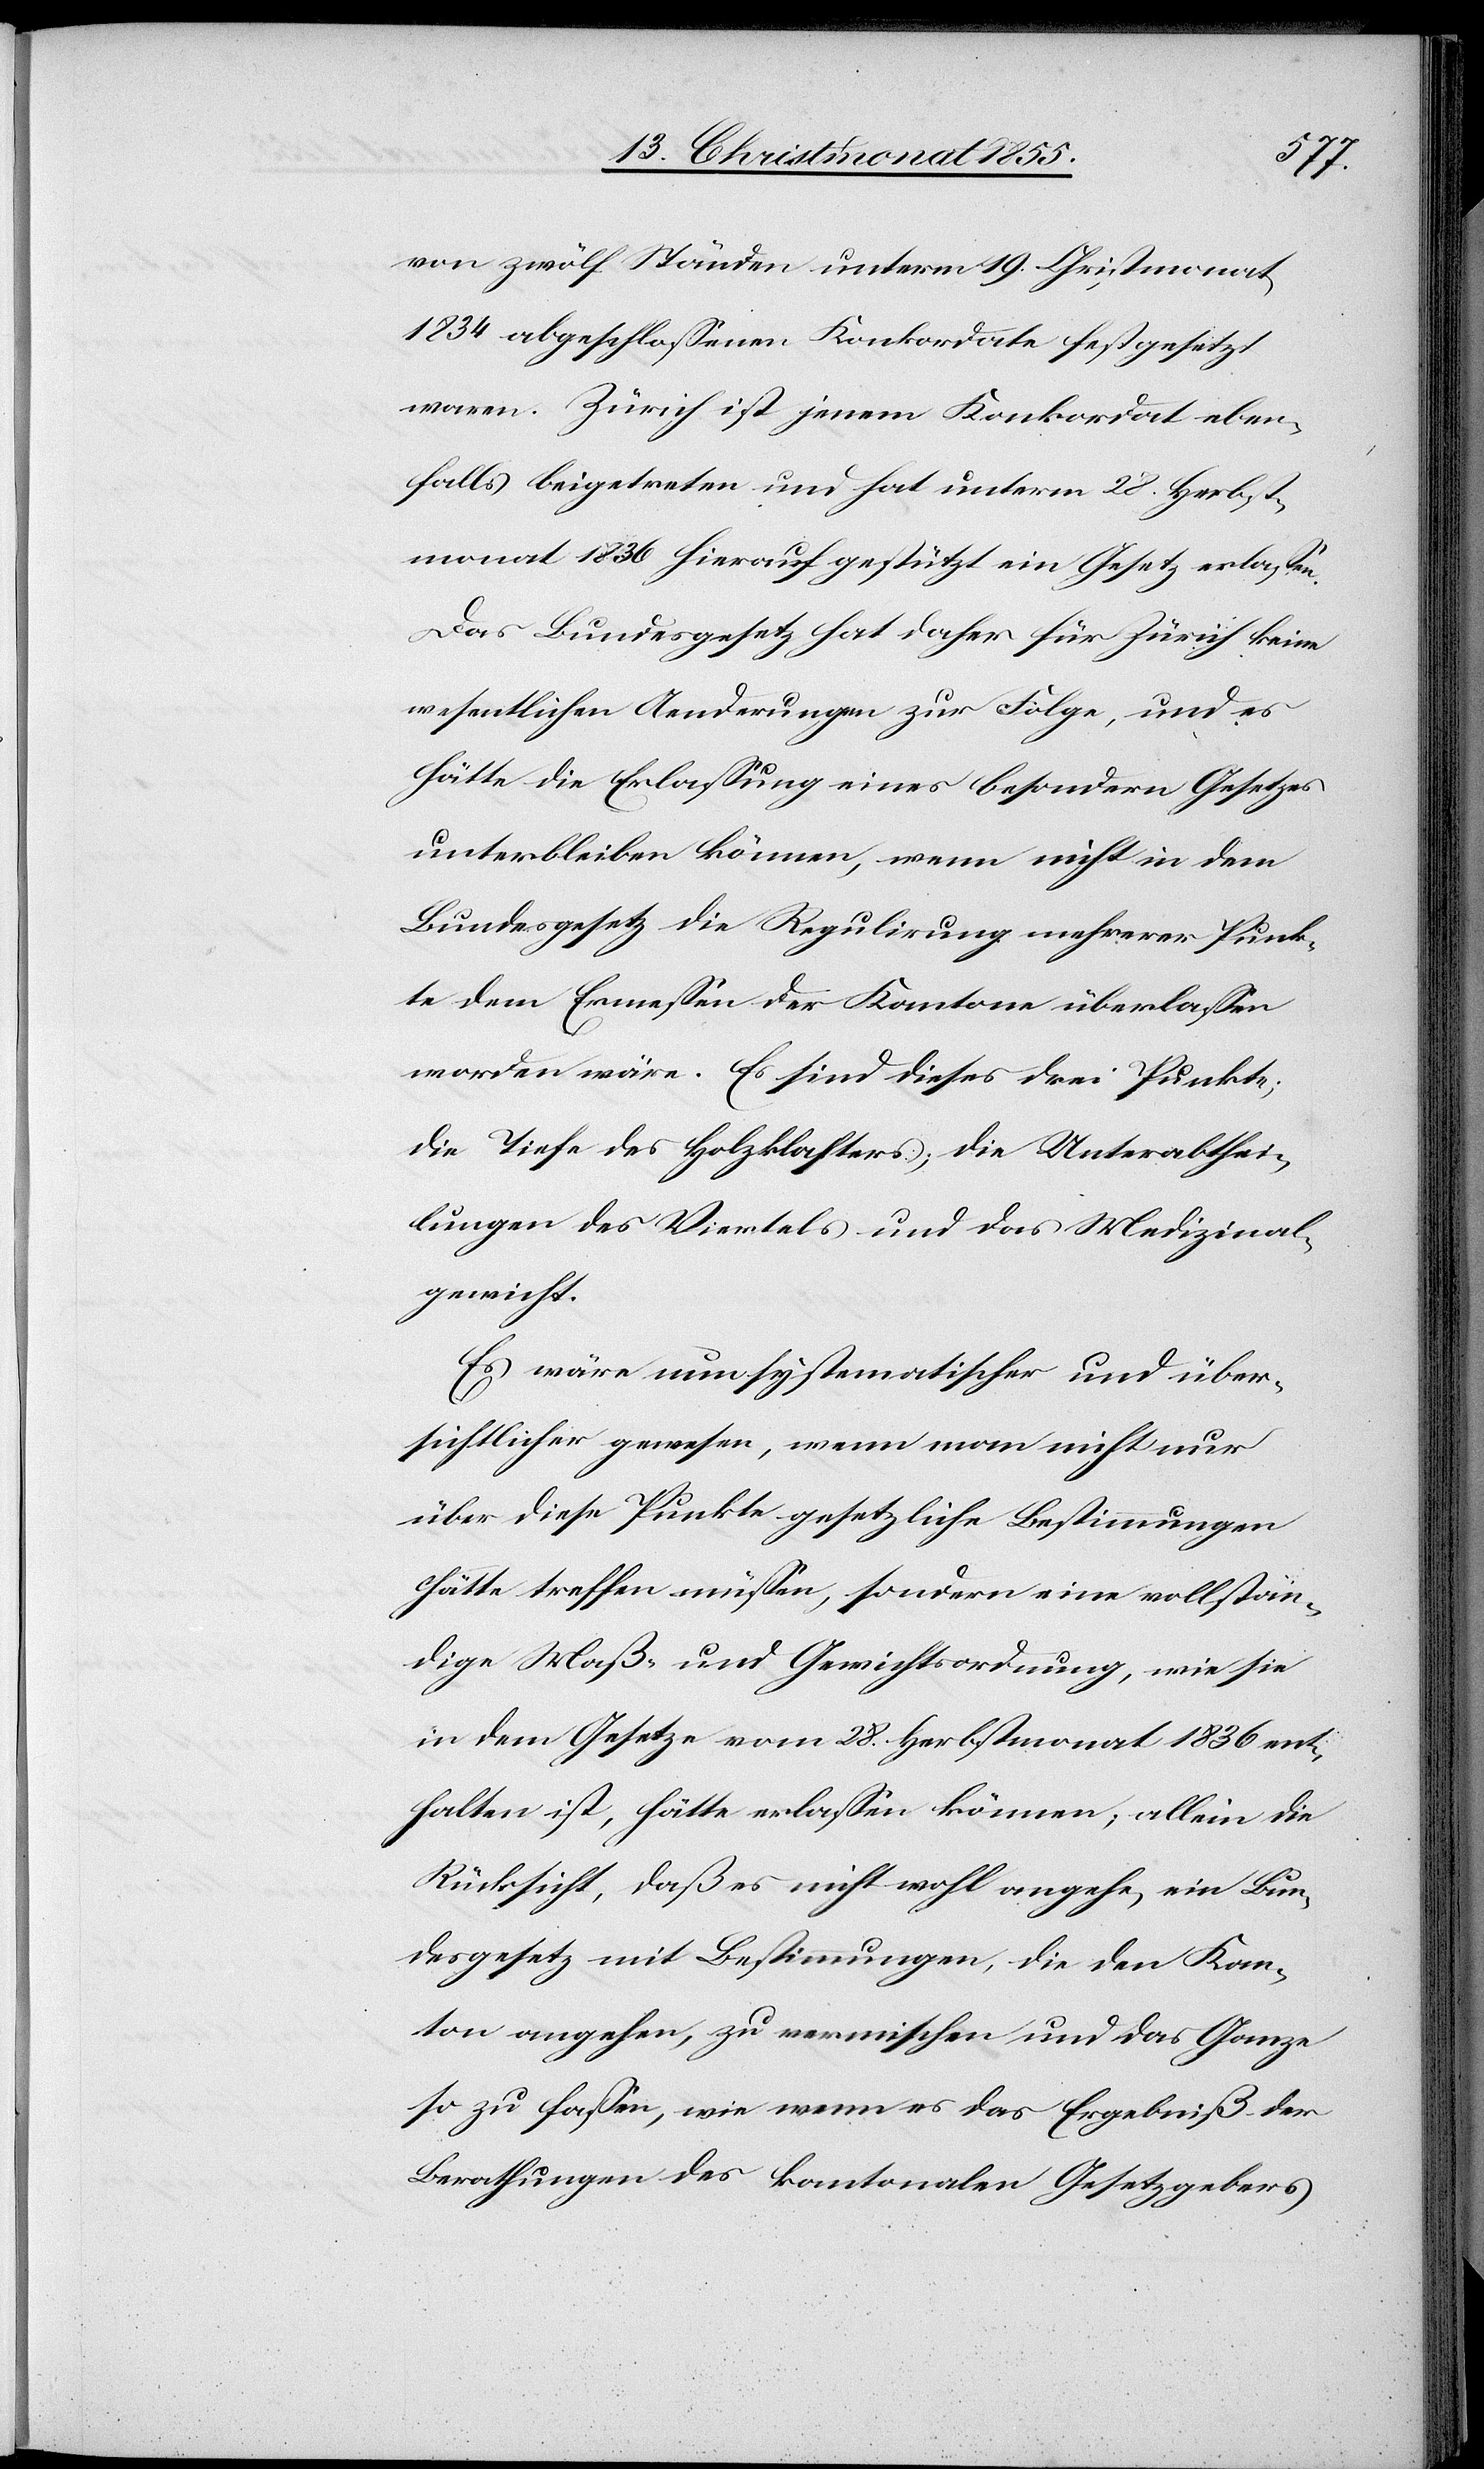
von zwölf Ständen unterm 19. Christmonat
1834 abgeschlossenen Konkordate festgesetzt
waren. Zürich ist jenem Konkordat eben¬
falls beigetreten und hat unterm 28. Herbst¬
monat 1836 hierauf gestützt ein Gesetz erlassen.
Das Bundesgesetz hat daher für Zürich keine
wesentlichen Aenderungen zur Folge, und es
hätte die Erlassung eines besondern Gesetzes
unterbleiben können, wenn nicht in dem
Bundesgesetz die Regulirung mehrerer Punk¬
te dem Ermessen der Kantone überlassen
worden wäre. Es sind dieses drei Punkte;
die Tiefe des Holzklafters; die Unterabthei¬
lungen des Viertels und das Medizinal¬
gewicht.
Es wäre nun systematischer und über¬
sichtlicher gewesen, wenn man nicht nur
über diese Punkte gesetzliche Bestimmungen
hätte treffen müssen, sondern eine vollstän¬
dige Maß- und Gewichtsordnung, wie sie
in dem Gesetze vom 28. Herbstmonat 1836 ent¬
halten ist, hätte erlassen können; allein die
Rücksicht, daß es nicht wohl angehe, ein Bun¬
desgesetz mit Bestimmungen, die den Kan¬
ton angehen, zu vermischen und das Ganze
so zu fassen, wie wenn es das Ergebniß der
Berathungen des kantonalen Gesetzgebers